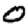
Digit: 0